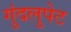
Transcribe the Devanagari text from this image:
गुंदलुपेट